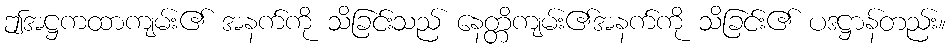
ဤအဋ္ဌကထာကျမ်း၏ အနက်ကို သိခြင်းသည် နေတ္တိကျမ်း၏အနက်ကို သိခြင်း၏ ပဒဋ္ဌာန်တည်း။